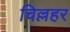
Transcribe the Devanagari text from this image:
चिल्लहर